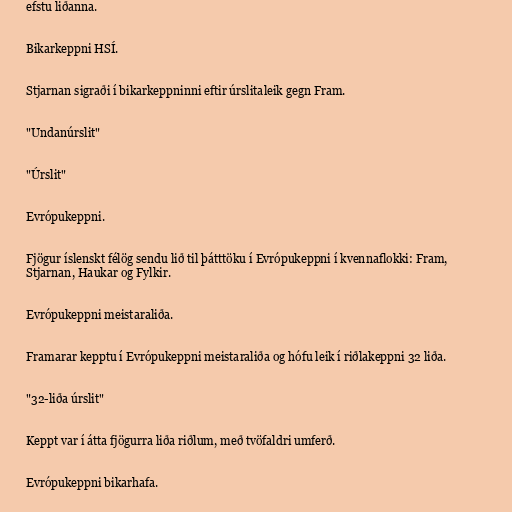
efstu liðanna.

Bikarkeppni HSÍ.

Stjarnan sigraði í bikarkeppninni eftir úrslitaleik gegn Fram.

"Undanúrslit"

"Úrslit"

Evrópukeppni.

Fjögur íslenskt félög sendu lið til þátttöku í Evrópukeppni í kvennaflokki: Fram,
Stjarnan, Haukar og Fylkir.

Evrópukeppni meistaraliða.

Framarar kepptu í Evrópukeppni meistaraliða og hófu leik í riðlakeppni 32 liða.

"32-liða úrslit"

Keppt var í átta fjögurra liða riðlum, með tvöfaldri umferð.

Evrópukeppni bikarhafa.